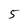
Character: 5